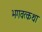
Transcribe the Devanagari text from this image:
भगवत्कथा